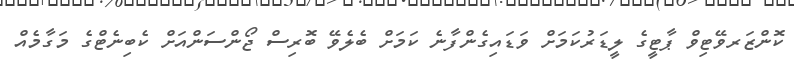
ކޮންޒަރވޭޓިވް ޕާޓީގެ ލީޑަރުކަމަށް ވަޑައިގެންފާނެ ކަމަށް ބެލެވޭ ބޮރިސް ޖޯންސަންއަށް ކެބިނެޓްގެ މަގާމެއް